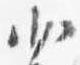
少